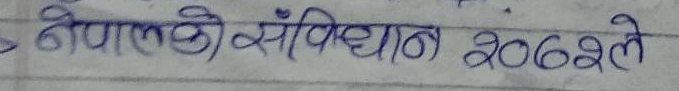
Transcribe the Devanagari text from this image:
नेपालको संविधान २०६२ले